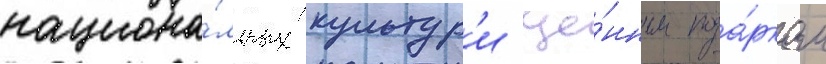
национа́льных культур'и це́нным пода́рком